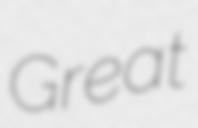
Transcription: Great